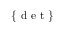
\{ \mathrm { ~ d ~ e ~ t ~ } \}